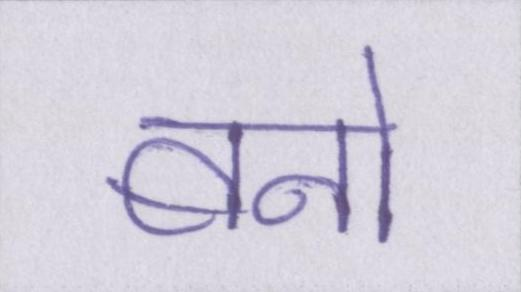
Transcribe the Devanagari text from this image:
बनो